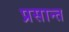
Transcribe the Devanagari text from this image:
प्रसान्त